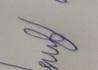
Signature authenticity: forged